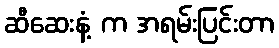
ဆီဆေးနံ့ က အရမ်းပြင်းတာ